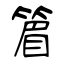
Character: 篃